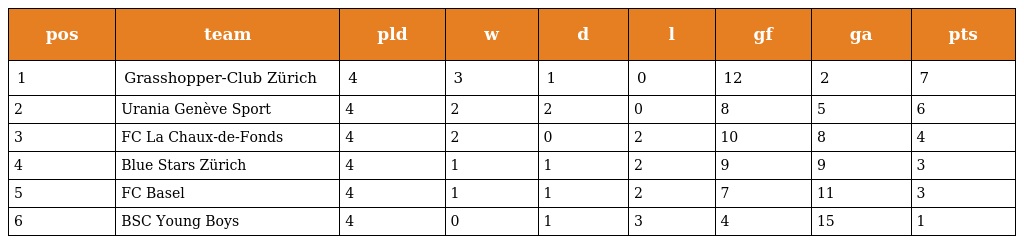
| pos | team | pld | w | d | l | gf | ga | pts |
 | --- | --- | --- | --- | --- | --- | --- | --- | --- |
 | 1 | Grasshopper-Club Zürich | 4 | 3 | 1 | 0 | 12 | 2 | 7 |
 | 2 | Urania Genève Sport | 4 | 2 | 2 | 0 | 8 | 5 | 6 |
 | 3 | FC La Chaux-de-Fonds | 4 | 2 | 0 | 2 | 10 | 8 | 4 |
 | 4 | Blue Stars Zürich | 4 | 1 | 1 | 2 | 9 | 9 | 3 |
 | 5 | FC Basel | 4 | 1 | 1 | 2 | 7 | 11 | 3 |
 | 6 | BSC Young Boys | 4 | 0 | 1 | 3 | 4 | 15 | 1 |